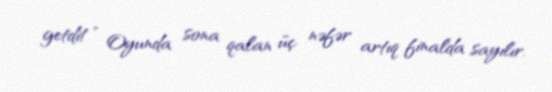
getdi!” Oyunda sona qalan üç nəfər artıq finalda sayılır.